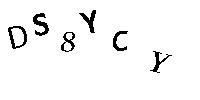
DS8YCY